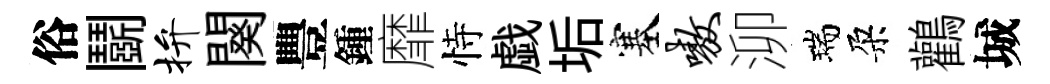
俗鬬拚闋豐鍾靡恃戯垢塞嗷泖瑞朶鸛城